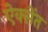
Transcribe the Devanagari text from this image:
ऐक्सेंत